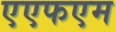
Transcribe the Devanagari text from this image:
एएफएम